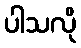
ပါသလို